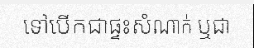
ទៅបើកជាផ្ទះសំណាក់ ឬជា